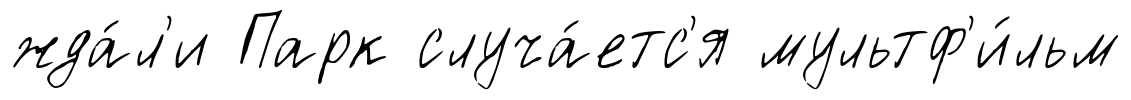
жда́л'и Парк случа́етс'я мультф'и́льм